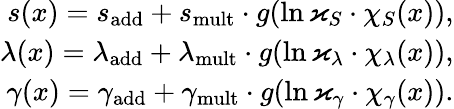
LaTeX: \begin{array}{r}{s(x)={s}_{\mathrm{add}}+{s}_{\mathrm{mult}}\cdot g(\ln\varkappa_{S}\cdot\chi_{S}(x)),}\\ {\lambda(x)=\lambda_{\mathrm{add}}+{\lambda}_{\mathrm{mult}}\cdot g(\ln\varkappa_{\lambda}\cdot\chi_{\lambda}(x)),}\\ {\gamma(x)=\gamma_{\mathrm{add}}+\gamma_{\mathrm{mult}}\cdot g(\ln\varkappa_{\gamma}\cdot\chi_{\gamma}(x)).}\end{array}